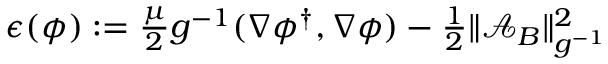
\begin{array} { r } { \epsilon ( \phi ) : = \frac { \mu } { 2 } g ^ { - 1 } ( \nabla \phi ^ { \dagger } , \nabla \phi ) - \frac { 1 } { 2 } \| \mathcal { A } _ { B } \| _ { g ^ { - 1 } } ^ { 2 } } \end{array}